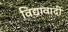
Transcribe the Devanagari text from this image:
विद्यावादी